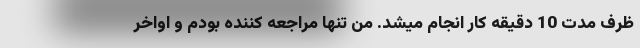
ظرف مدت 10 دقیقه کار انجام میشد. من تنها مراجعه کننده بودم و اواخر